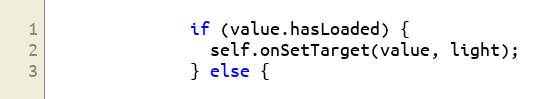
Language: JavaScript
              if (value.hasLoaded) {
                self.onSetTarget(value, light);
              } else {